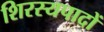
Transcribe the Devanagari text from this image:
शिरस्यपादों